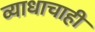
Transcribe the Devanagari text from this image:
व्याधाचाही